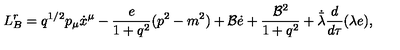
L _ { B } ^ { r } = q ^ { 1 / 2 } p _ { \mu } \dot { x } ^ { \mu } - \frac { e } { 1 + q ^ { 2 } } ( p ^ { 2 } - m ^ { 2 } ) + { \cal B } \dot { e } + \frac { { \cal B } ^ { 2 } } { 1 + q ^ { 2 } } + \dot { \bar { \lambda } } \frac { d } { d \tau } ( \lambda e ) ,